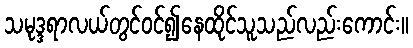
သမုဒ္ဒရာလယ်တွင်ဝင်၍နေထိုင်သူသည်လည်းကောင်း။